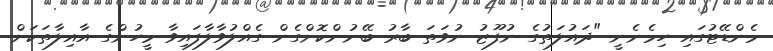
މެންޑޭޓުގައި ހިމެނެނީ "ދައުލަތުގެ ނުފޫޒު ނުވަތަ ބާރު ބޭނުންކޮށްގެން ގެއްލުވާލާފައިވާ މީހުންގެ އާއިލާތަކަށް